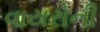
વાયરોની